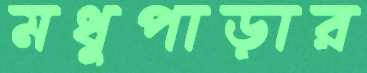
মধুপাড়ার